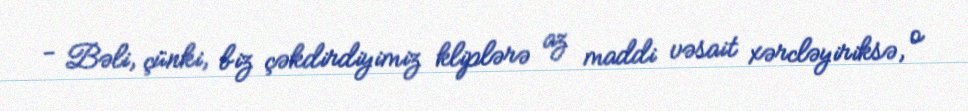
- Bəli, çünki, biz çəkdirdiyimiz kliplərə az maddi vəsait xərcləyiriksə, o